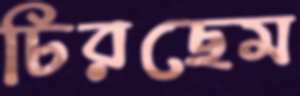
চিরছেম